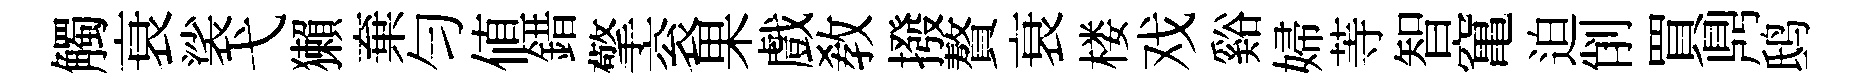
觸衰裟弋獺棄匀值錯擎衮果戲敎撥贅衰楼戏谿婦䓁智𥧄迫削買𪔂鸱